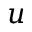
u